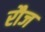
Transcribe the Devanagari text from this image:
रौज